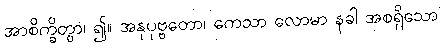
အာစိက္ခိတွာ၊ ၍။ အနုပုဗ္ဗတော၊ ကေသာ လောမာ နခါ အစရှိသော